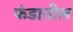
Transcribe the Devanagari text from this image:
फंडातील